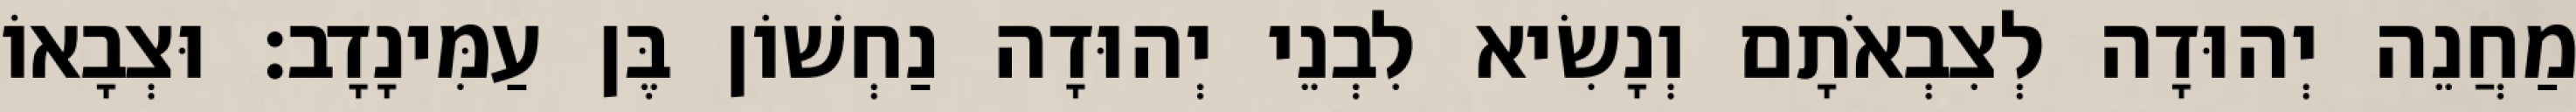
מַחֲנֵה יְהוּדָה לְצִבְאֹתָם וְנָשִׂיא לִבְנֵי יְהוּדָה נַחְשׁוֹן בֶּן עַמִּינָדָב׃ וּצְבָאוֹ